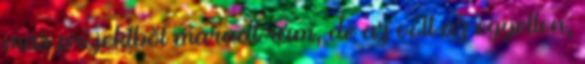
más projektből maradt rám, de az volt az egyetlen,